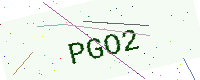
Text: PGO2